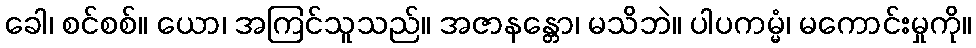
ခေါ၊ စင်စစ်။ ယော၊ အကြင်သူသည်။ အဇာနန္တော၊ မသိဘဲ။ ပါပကမ္မံ၊ မကောင်းမှုကို။